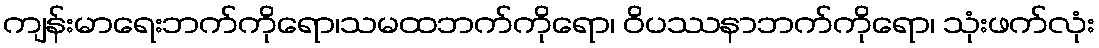
ကျန်းမာရေးဘက်ကိုရော၊သမထဘက်ကိုရော၊ ဝိပဿနာဘက်ကိုရော၊ သုံးဖက်လုံး